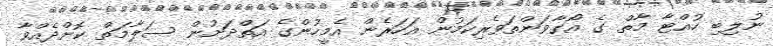
ނުލިބި ހުއްޓާ މާތް ގެ އޯގާވަންތަވެރިކަމުން އަހަރެން އެމީހުންގެ އަތްދަށުން ސަލާމަތް ކޮށްދެއްވާ